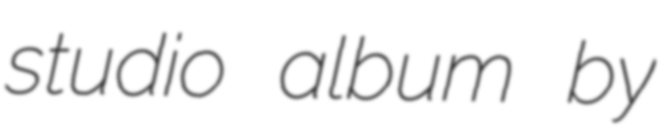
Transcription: studio album by